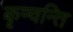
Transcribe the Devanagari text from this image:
कृण्वन्ति